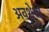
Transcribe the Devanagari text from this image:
अवशेशो